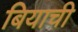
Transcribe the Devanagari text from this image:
बियाची